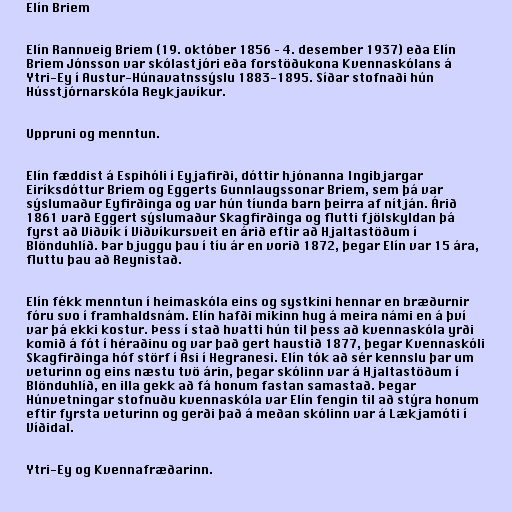
Elín Briem

Elín Rannveig Briem (19. október 1856 – 4. desember 1937) eða Elín
Briem Jónsson var skólastjóri eða forstöðukona Kvennaskólans á
Ytri-Ey í Austur-Húnavatnssýslu 1883-1895. Síðar stofnaði hún
Hússtjórnarskóla Reykjavíkur.

Uppruni og menntun.

Elín fæddist á Espihóli í Eyjafirði, dóttir hjónanna Ingibjargar
Eiríksdóttur Briem og Eggerts Gunnlaugssonar Briem, sem þá var
sýslumaður Eyfirðinga og var hún tíunda barn þeirra af nítján. Árið
1861 varð Eggert sýslumaður Skagfirðinga og flutti fjölskyldan þá
fyrst að Viðvík í Viðvíkursveit en árið eftir að Hjaltastöðum í
Blönduhlíð. Þar bjuggu þau í tíu ár en vorið 1872, þegar Elín var 15 ára,
fluttu þau að Reynistað.

Elín fékk menntun í heimaskóla eins og systkini hennar en bræðurnir
fóru svo í framhaldsnám. Elín hafði mikinn hug á meira námi en á því
var þá ekki kostur. Þess í stað hvatti hún til þess að kvennaskóla yrði
komið á fót í héraðinu og var það gert haustið 1877, þegar Kvennaskóli
Skagfirðinga hóf störf í Ási í Hegranesi. Elín tók að sér kennslu þar um
veturinn og eins næstu tvö árin, þegar skólinn var á Hjaltastöðum í
Blönduhlíð, en illa gekk að fá honum fastan samastað. Þegar
Húnvetningar stofnuðu kvennaskóla var Elín fengin til að stýra honum
eftir fyrsta veturinn og gerði það á meðan skólinn var á Lækjamóti í
Víðidal.

Ytri-Ey og Kvennafræðarinn.